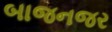
બાજનજર